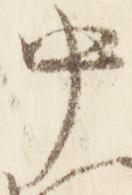
中